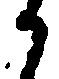
か